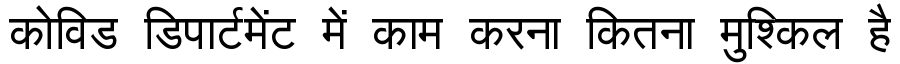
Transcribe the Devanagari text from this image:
कोविड डिपार्टमेंट में काम करना कितना मुश्किल है